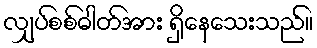
လျှပ်စစ်ဓါတ်အား ရှိနေသေးသည်။